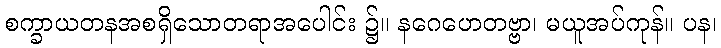
စက္ခာယတနအစရှိသောတရာအပေါင်း ၌။ နဂေဟေတဗ္ဗာ၊ မယူအပ်ကုန်။ ပန၊